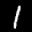
Label: 1